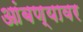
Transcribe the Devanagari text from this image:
आंबण्यावर